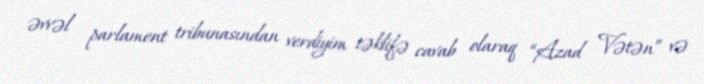
əvvəl parlament tribunasından verdiyim təklifə cavab olaraq “Azad Vətən” və